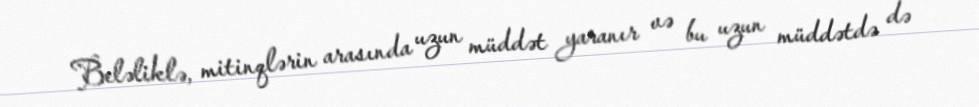
Beləliklə, mitinqlərin arasında uzun müddət yaranır və bu uzun müddətdə də